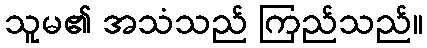
သူမ၏ အသံသည် ကြည်သည်။